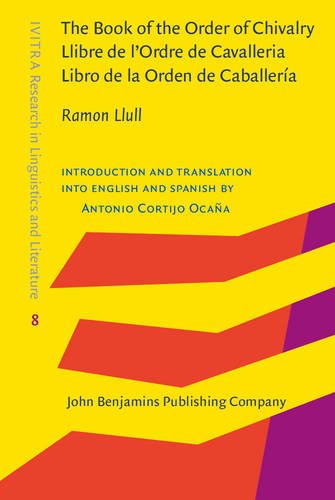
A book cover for The Book of the Order of Chivalry / Llibre de l'Ordre de Cavalleria / Libro de la Orden de CaballerÃ­a (IVITRA Research in Linguistics and Literature); Ramon Llull; Politics & Social Sciences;